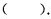
( )$$.